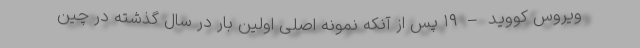
ویروس کووید – ۱۹ پس از آنکه نمونه اصلی اولین بار در سال گذشته در چین